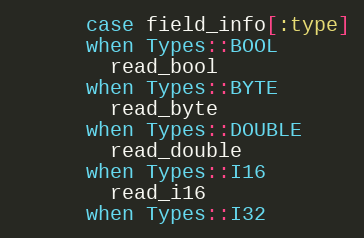
Language: Ruby
      case field_info[:type]
      when Types::BOOL
        read_bool
      when Types::BYTE
        read_byte
      when Types::DOUBLE
        read_double
      when Types::I16
        read_i16
      when Types::I32